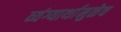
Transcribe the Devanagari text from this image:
व्यंग्यार्थामुळेच